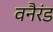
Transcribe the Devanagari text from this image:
वनैरंड